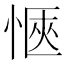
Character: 愜